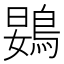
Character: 䳛